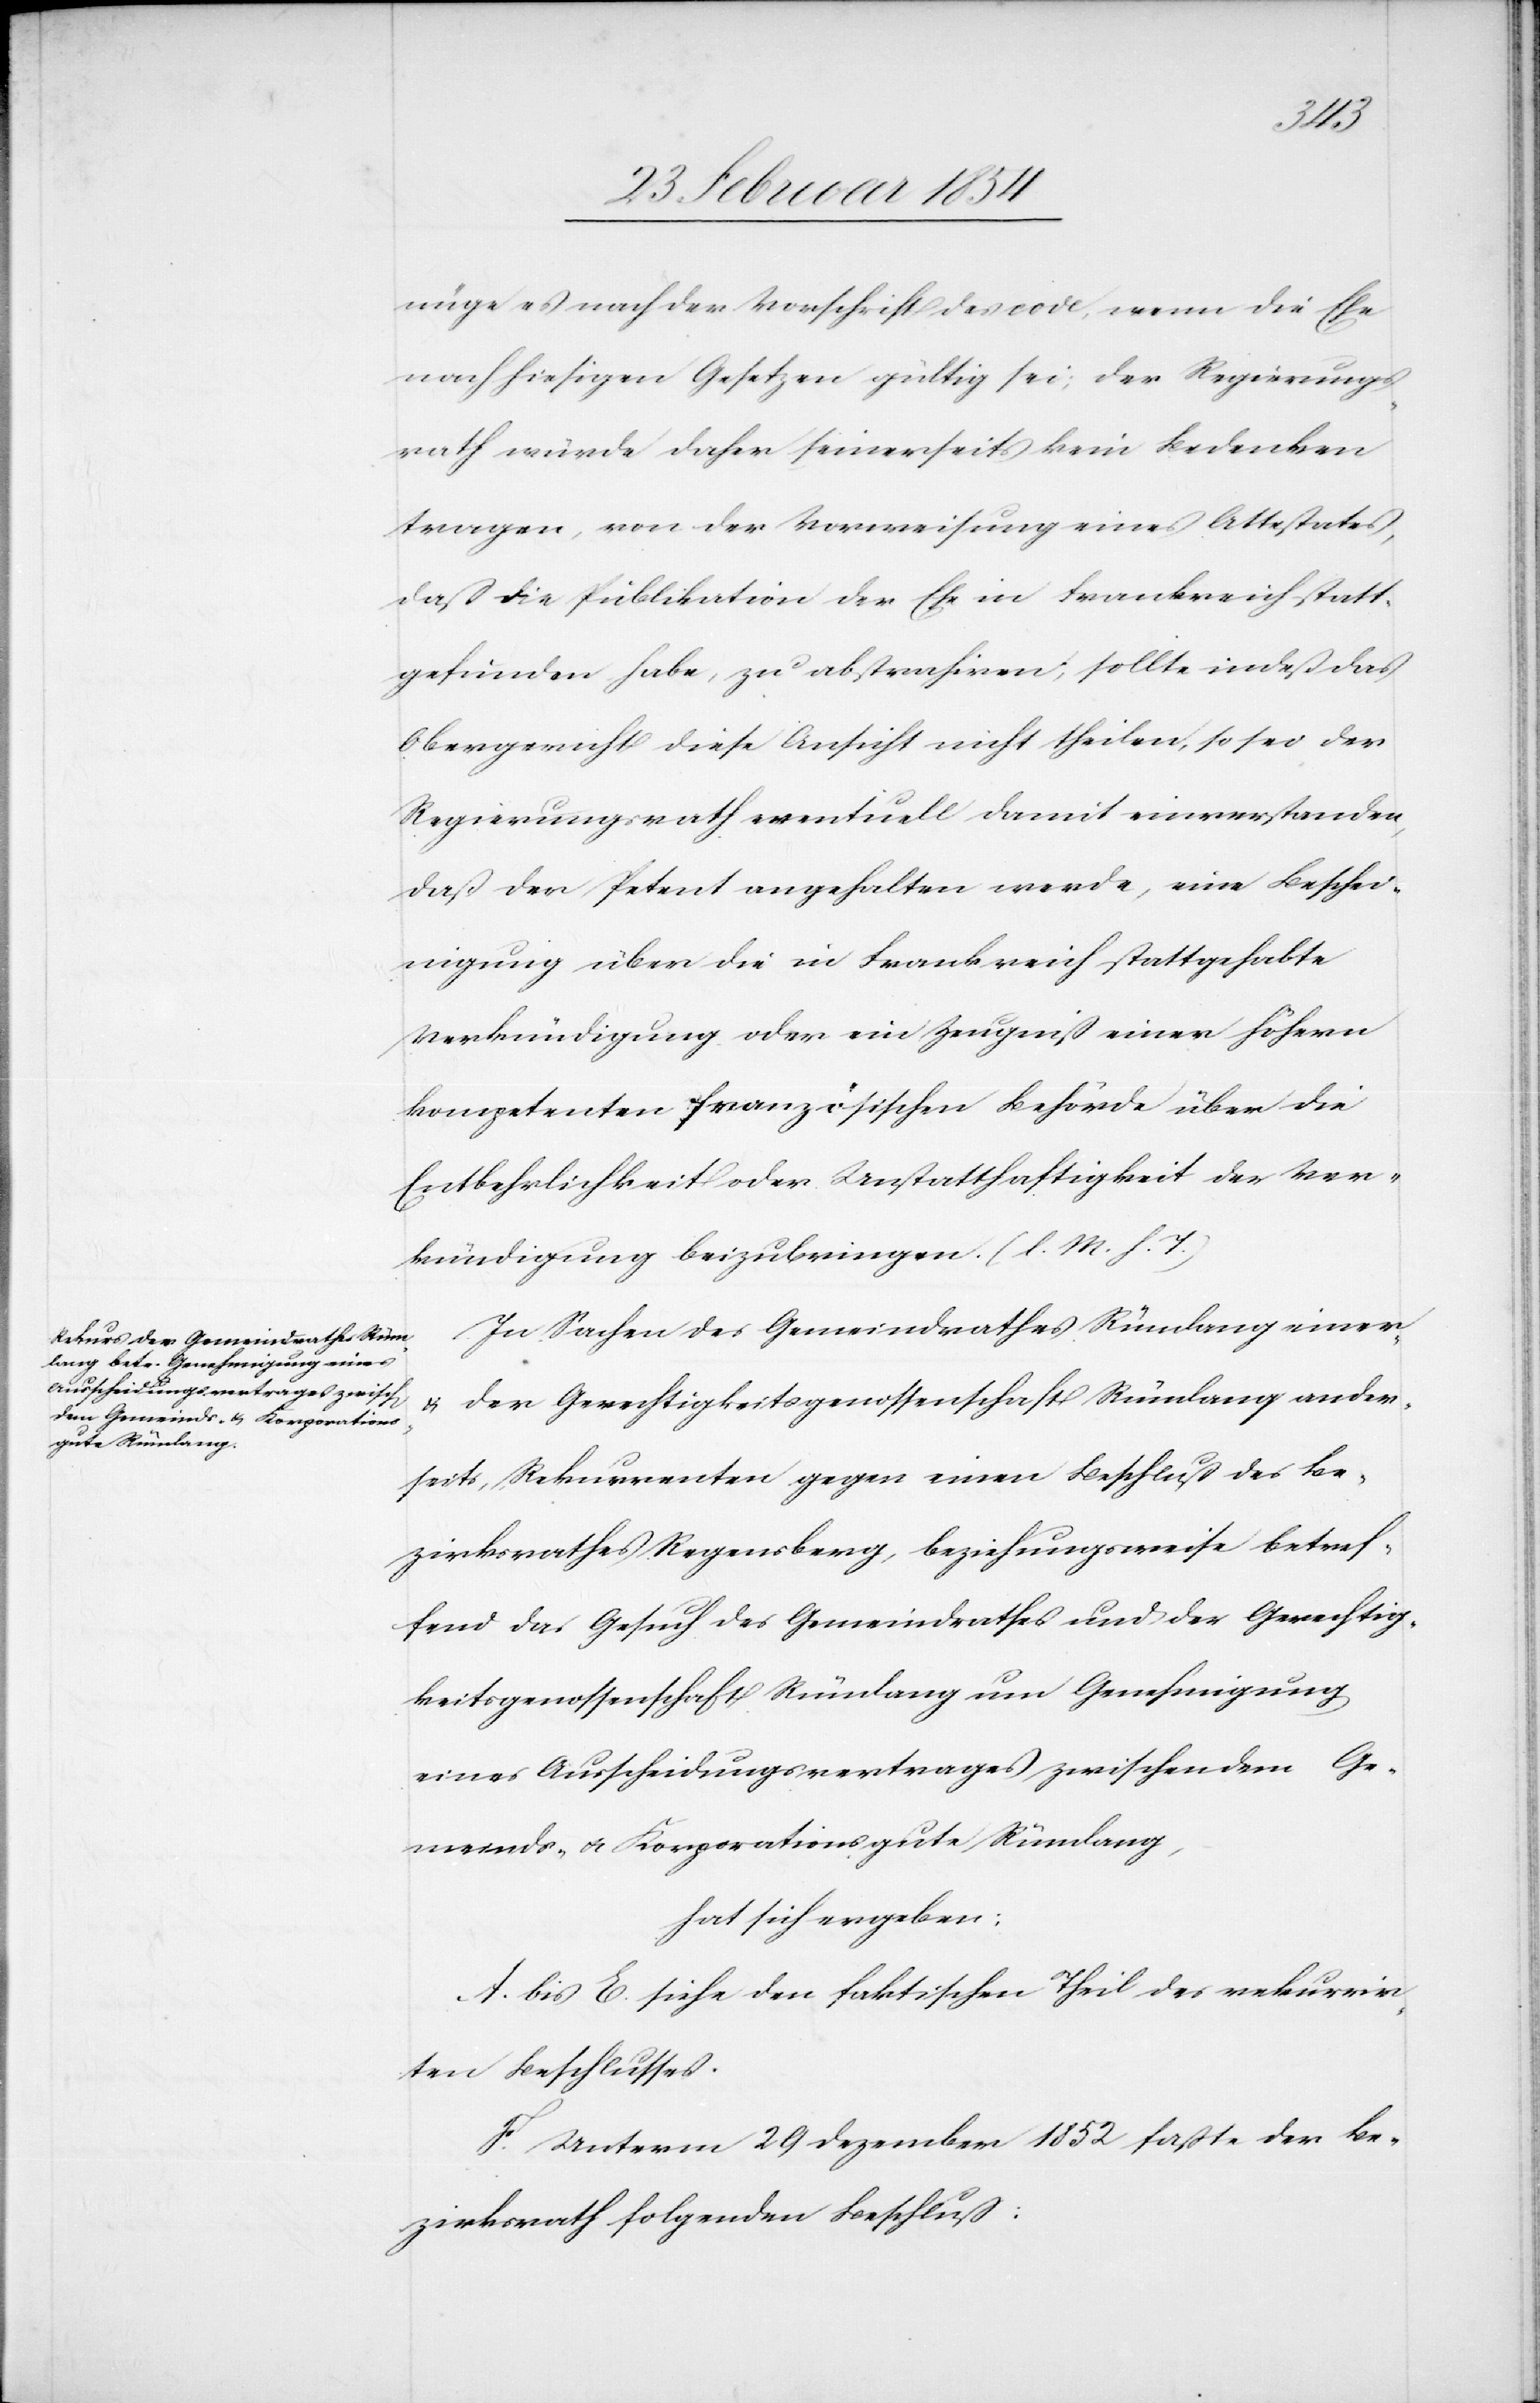
nüge es nach der Vorschrift des code, wenn die Ehe
nach hiesigen Gesetzen gültig sei; der Regierungs¬
rath würde daher seinerseits kein Bedenken
tragen, von der Vorweisung eines Attestates,
daß die Publikation der Ehe in Frankreich statt¬
gefunden habe, zu abstrahiren; sollte indeß das
Obergericht diese Ansicht nicht theilen, so sei der
Regierungsrath eventuell damit einverstanden,
daß der Petent angehalten werde, eine Beschei¬
nigung über die in Frankreich stattgehabte
Verkündigung oder ein Zeugniß einer höhern
kompetenten französischen Behörde über die
Entbehrlichkeit oder Unstatthaftigkeit der Ver¬
kündigung beizubringen. (l. M. h. T.)
In Sachen des Gemeindrathes Rümlang einer-
u. der Gerechtigkeitsgenossenschaft Rümlang ander¬
seits, Rekurrenten gegen einen Beschluß des Be¬
zirksrathes Regensberg, beziehungsweise betref¬
fend das Gesuch des Gemeindrathes und der Gerechtig¬
keitsgenossenschaft Rümlang um Genehmigung
eines Ausscheidungsvertrages zwischen dem Ge¬
meinds- u. Korporationsgute Rümlang,
hat sich ergeben:
A. bis E. siehe den faktischen Theil des rekurrir¬
ten Beschlusses.
F. Unterm 29 Dezember 1852 faßte der Be¬
zirksrath folgenden Beschluß: